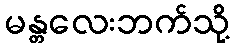
မန္တလေးဘက်သို့